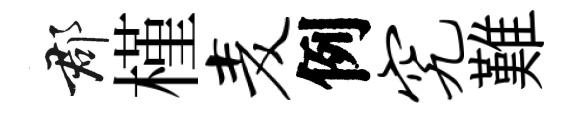
郡槿麦例究難